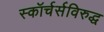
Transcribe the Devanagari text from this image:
स्कॉर्चर्सविरुद्ध